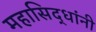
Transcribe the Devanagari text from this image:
महासिद्धांनी